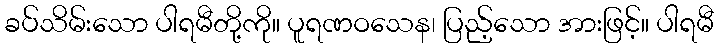
ခပ်သိမ်းသော ပါရမီတို့ကို။ ပူရဏဝသေန၊ ပြည့်သော အားဖြင့်။ ပါရမီ